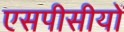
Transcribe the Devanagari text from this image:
एसपीसीयों